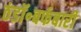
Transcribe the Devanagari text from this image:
ठंडॉ॰बर्फबारी